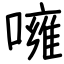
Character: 噰